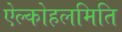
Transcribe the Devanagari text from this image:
ऐल्कोहलमिति